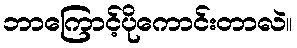
ဘာကြောင့်ပိုကောင်းတာလဲ။